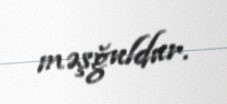
məşğuldur.